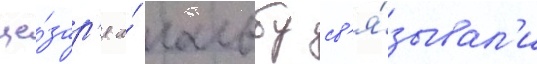
це́зар'я и́ гальбу св'я́зывал'и